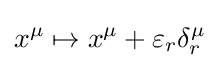
x^{\mu }\mapsto x^{\mu }+\varepsilon _{r}\delta _{r}^{\mu }